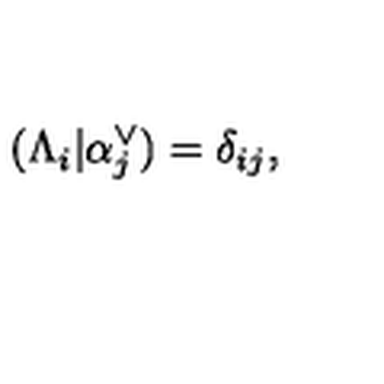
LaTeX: ( \Lambda _ { i } | \alpha _ { j } ^ { \vee } ) = \delta _ { i j } ,